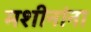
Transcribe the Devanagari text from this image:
मशीनांना